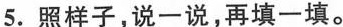
5.照样子，说一说，再填一填。